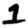
Digit: 1